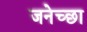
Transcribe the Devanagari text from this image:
जनेच्छा